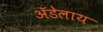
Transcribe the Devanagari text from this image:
अॅडेलाय